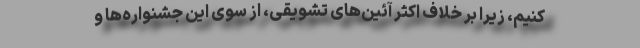
کنیم، زیرا بر خلاف اکثر آئین‌های تشویقی، از سوی این جشنواره‌ها و